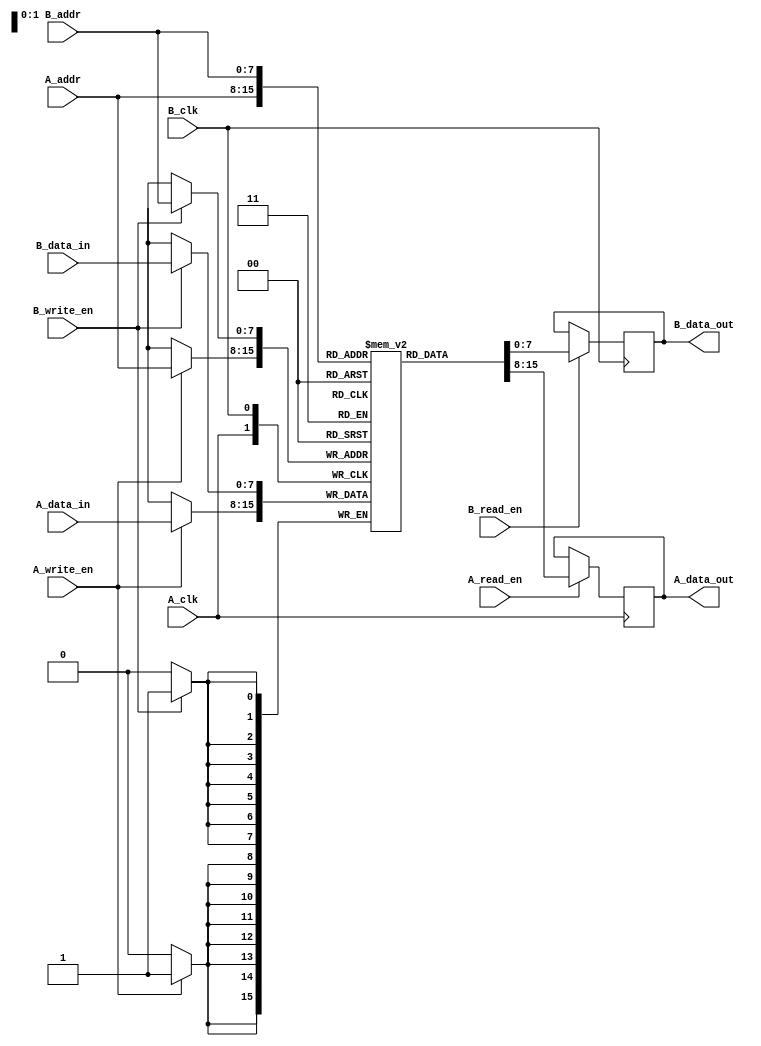
module dual_port_ram #(
    parameter DATA_WIDTH = 8, // Data width in bits
    parameter ADDR_WIDTH = 8, // Address width (number of addresses = 2^ADDR_WIDTH)
    parameter DEPTH = 256      // Depth of memory (2^ADDR_WIDTH)
)(
    // Port A
    input wire [ADDR_WIDTH-1:0] A_addr,
    input wire [DATA_WIDTH-1:0] A_data_in,
    output reg [DATA_WIDTH-1:0] A_data_out,
    input wire A_read_en,
    input wire A_write_en,
    input wire A_clk,

    // Port B
    input wire [ADDR_WIDTH-1:0] B_addr,
    input wire [DATA_WIDTH-1:0] B_data_in,
    output reg [DATA_WIDTH-1:0] B_data_out,
    input wire B_read_en,
    input wire B_write_en,
    input wire B_clk
);

    // Memory array
    reg [DATA_WIDTH-1:0] mem [0:DEPTH-1];

    // Port A operations
    always @(posedge A_clk) begin
        if (A_write_en) begin
            mem[A_addr] <= A_data_in; // Write operation
        end
        if (A_read_en) begin
            A_data_out <= mem[A_addr]; // Read operation
        end
    end

    // Port B operations
    always @(posedge B_clk) begin
        if (B_write_en) begin
            mem[B_addr] <= B_data_in; // Write operation
        end
        if (B_read_en) begin
            B_data_out <= mem[B_addr]; // Read operation
        end
    end

endmodule